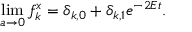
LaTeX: \operatorname * { l i m } _ { a \to 0 } f _ { k } ^ { x } = \delta _ { k , 0 } + \delta _ { k , 1 } e ^ { - 2 E t } .